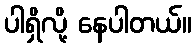
ပါရှိလို့ နေပါတယ်။